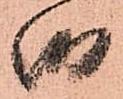
御